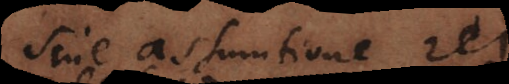
sine assumtione rei